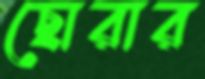
ছোরার